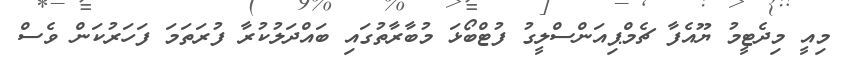
މިއީ މިދެޓީމު ޔޫއެފާ ޗެމްޕިއަންސްލީގު ފުޓްބޯޅަ މުބާރާތުގައި ބައްދަލުކުރާ ފުރަތަމަ ފަހަރުކަން ވެސް